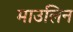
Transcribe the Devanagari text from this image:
माउलिन